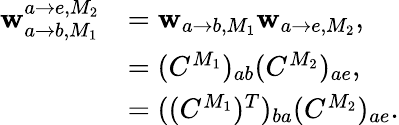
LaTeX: \begin{array}{rl}{\mathbf{w}_{a\rightarrow b,M_{1}}^{a\rightarrow e,M_{2}}}&{=\mathbf{w}_{a\rightarrow b,M_{1}}\mathbf{w}_{a\rightarrow e,M_{2}},}\\ &{=(C^{M_{1}})_{ab}(C^{M_{2}})_{ae},}\\ &{=((C^{M_{1}})^{T})_{ba}(C^{M_{2}})_{ae}.}\end{array}